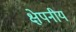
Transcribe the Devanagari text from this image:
क्षेपनीय